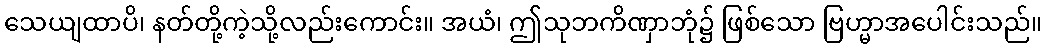
သေယျထာပိ၊ နတ်တို့ကဲ့သို့လည်းကောင်း။ အယံ၊ ဤသုဘကိဏှာဘုံ၌ ဖြစ်သော ဗြဟ္မာအပေါင်းသည်။